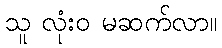
သူ လုံးဝ မဆက်လာ။